Insane asylums Bombay 1873-77 - 1873-1877
Year: 1873
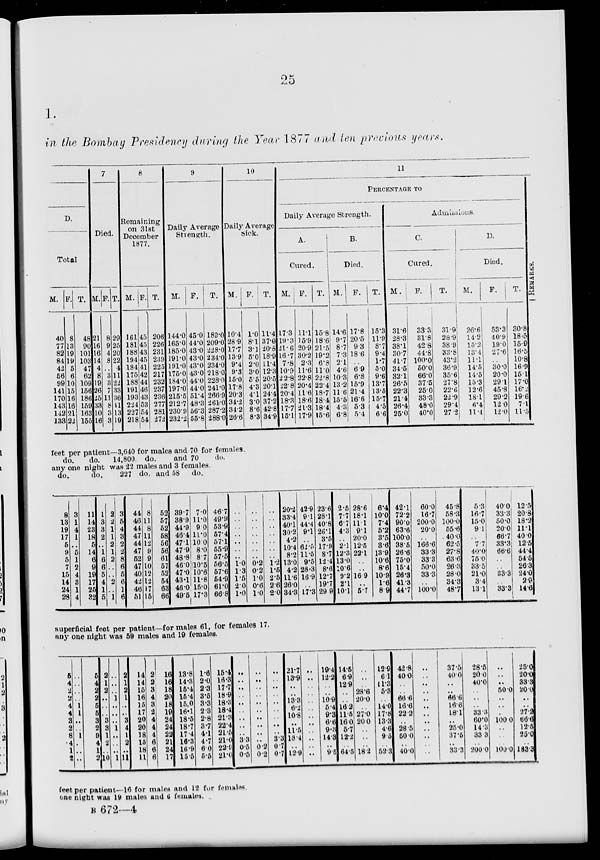
25
1.
in the Bombay Presidency during the Year 1877 and ten previous years.
D.
Total
M.
40
77
82
84
42
56
99
141
170
143
142
133
F.
8
13
19
19
5
6
10
15
16
16
21
22
T.
48
90
101
103
47
62
109
156
186
159
163
155
7
Died.
M.
21
16
16
14
4
8
19
26
25
33
10
16
F.
8
9
4
8
..
3
3
7
11
8
3
3
T.
29
25
20
22
4
11
22
33
36
41
13
19
8
Remaining
on 31st
December
1877.
M.
161
181
188
194
184
175
188
191
193
224
227
218
F.
45
45
43
45
41
42
44
46
43
53
54
54
T.
206
226
231
239
225
217
232
237
236
277
281
272
9
Daily Average
Strength.
M.
144.0
165.0
185.0
191.0
191.0
175.0
184.0
197.0
215.5
212.7
230.9
232.2
F.
45.0
44.0
43.0
43.0
43.0
43.0
44.0
44.0
51.4
48.3
56.3
55.8
T.
189.0
209.0
228.0
234.0
234.0
218.0
228.0
241.0
266.9
261.0
287.2
288.0
10
Daily Average
Sick.
M.
10.4
28.9
17.7
13.9
9.4
9.3
15.0
17.8
20.3
34.2
34.2
26.6
F.
1.0
8.1
3.1
5.0
2.0
3.0
5.5
4.3
4.1
3.0
8.6
8.3
T.
11.4
37.0
20.8
18.9
11.4
12.3
20.5
20.1
24.4
37.2
42.8
34.9
11
PERCENTAGE TO
Daily Average Strength.
A.
Cured.
M.
17.3
19.3
21.6
16.7
7.8
10.9
22.8
22.8
20.4
18.3
17.7
15.1
F.
11.1
15.9
20.9
30.2
2.3
11.6
22.8
20.4
11.6
18.6
21.3
17.9
T.
15.8
18.6
21.5
19.2
6.8
11.0
22.8
22.4
18.7
18.4
18.4
15.6
B.
Died.
M.
14.6
9.7
8.7
7.3
2.1
4.6
10.3
13.2
11.6
15.5
4.3
6.8
F.
17.8
20.5
9.3
18.6
..
6.9
6.8
15.9
21.4
16.6
5.3
5.4
T.
15.3
11.9
8.7
9.4
1.7
5.0
9.6
13.7
13.5
15.7
4.5
6.6
Admissions.
C.
Cured.
M.
31.6
28.3
38.1
30.7
41.7
34.5
32.1
26.5
22.3
21.4
26.4
25.0
F.
33.3
31.8
42.8
44.8
100.0
50.0
66.0
37.5
25.0
33.3
48.0
40.0
T.
31.9
28.9
38.9
33.8
43.2
36.9
35.6
27.8
22.6
22.9
29.4
27.2
D.
Died.
M.
26.6
14.2
15.2
13.4
11.1
14.5
14.5
15.3
12.6
18.1
6.4
11.4
F.
53.3
40.9
19.0
27.6
..
30.0
20.0
29.1
45.8
29.2
12.0
12.0
T.
30.8
18.5
15.9
16.5
10.8
16.9
15.1
17.0
16.2
19.6
7.1
11.5
REMARKS.
feet per patient—3,640 for males and 70 for females.
do.
do. 14,800 do.
and 70
do.
any one night was 22 males and 3 females.
do.
do.
227 do. and 58 do.
8
13
19
17
5
9
5
7
15
14
24
28
3
1
4
1
..
5
1
2
4
3
1
4
11
14
23
18
5
14
6
9
19
17
25
32
1
3
3
2
..
1
6
6
5
4
1
5
2
2
1
1
2
1
2
..
..
2
..
1
3
5
4
3
2
2
8
6
5
6
1
6
44
46
44
47
44
47
52
47
40
42
46
51
8
11
8
11
12
9
9
10
12
12
17
15
52
57
52
58
56
56
61
57
52
54
63
66
39.7
38.9
44.9
46.4
47.1
47.9
48.8
46.0
47.0
43.1
46.0
49.5
7.0
11.0
9.0
11.0
10.0
8.0
8.7
10.5
10.6
11.8
15.0
17.3
46.7
49.9
53.9
57.4
57.1
55.9
57.5
56.5
57.6
54.9
61.0
66.8
..
..
..
..
..
..
..
1.0
1.3
1.5
2.0
1.0
..
..
..
..
..
..
..
0.2
0.2
1.0
0.6
1.0
..
..
..
..
..
..
..
1.2
1.5
2.5
2.6
2.0
20.2
33.4
40.1
30.2
4.2
10.4
8.2
13.0
4.2
11.6
26.0
34.3
42.9
9.1
44.4
9.1
..
62.5
11.5
9.5
28.3
16.9
..
17.3
23.6
28.1
40.8
26.1
3.5
17.9
8.7
12.4
8.6
12.7
19.7
29.9
2.5
7.7
6.7
4.3
..
2.1
12.3
13.0
10.6
9.2
2.1
10.1
28.6
18.1
11.1
9.1
20.0
12.5
22.1
..
..
16.9
..
5.7
6.4
10.0
7.4
5.2
3.5
3.6
13.9
10.6
8.6
10.9
1.6
8.9
42.1
72.2
90.0
63.6
100.0
38.5
26.6
75.0
15.4
26.3
41.3
44.7
60.0
16.7
200.0
20.0
..
166.6
33.3
33.3
50.0
33.3
..
100.0
45.8
58.3
100.0
55.6
40.0
62.5
27.8
63.6
26.3
28.0
34.3
48.7
5.3
16.7
15.0
9.1
..
7.7
40.0
75.0
33.5
21.0
3.4
13.1
40.0
33.3
50.0
20.0
66.7
33.3
66.6
..
..
33.3
..
33.3
12.5
20.8
18.2
11.1
40.0
12.5
44.4
54.5
26.3
24.0
2.9
14.6
superficial feet per patient—for males 61, for females 17.
any one night was 59 males and 19 females.
5
4
2
2
4
4
3
2
8
4
1
2
..
..
..
..
1
1
..
..
1
..
..
..
5
4
2
2
5
5
3
2
9
4
1
2
2
1
2
..
..
..
3
3
1
2
..
10
..
..
..
1
..
..
..
1
..
..
..
1
2
1
2
1
..
..
3
4
1
2
..
11
14
14
15
16
15
17
20
20
18
15
18
11
2
2
3
4
3
2
4
4
4
6
6
6
16
16
18
20
18
19
24
24
22
21
24
17
13.8
14.3
15.4
15.4
15.0
16.1
18.5
18.7
17.4
16.3
16.9
15.5
1.6
2.0
2.3
3.5
3.3
2.3
2.8
3.7
4.1
4.7
6.0
5.5
15.4
16.3
17.7
18.9
18.3
18.4
21.3
22.4
21.5
21.0
22.9
21.0
..
..
..
..
..
..
..
..
..
3.3
0.5
0.5
..
..
..
..
..
..
..
..
..
..
0.2
0.2
..
..
..
..
..
..
..
..
..
3.3
0.7
0.7
21.7
13.9
..
..
13.3
6.2
10.8
..
11.5
18.4
..
12.9
..
..
..
..
..
..
..
..
..
..
..
..
19.4
12.2
..
..
10.9
5.4
9.3
6.6
9.3
14.3
..
9.5
14.5
6.9
12.9
..
..
16.2
11.5
16.0
5.7
12.2
..
64.5
..
..
..
28.6
20.0
..
27.0
20.0
..
..
..
18.2
12.9
6.1
11.3
5.3
..
14.0
17.8
13.3
4.6
9.5
..
52.3
42.8
40.0
..
..
66.6
16.6
22.2
..
28.5
50.0
..
40.0
..
..
..
..
..
..
..
..
..
..
..
..
37.5
40.0
..
..
66.6
16.6
18.1
..
25.0
37.5
..
33.3
28.5
20.0
40.0
..
..
..
33.3
60.0
14.3
33.3
..
200.0
..
..
..
50.0
..
..
..
100.0
..
..
..
100.0
25.0
20.0
33.3
20.0
..
..
27.2
66.6
12.5
25.0
..
183.3
feet per patient—16 for males and 12 for females.
one night was 19 males and 6 females.
B 672—4